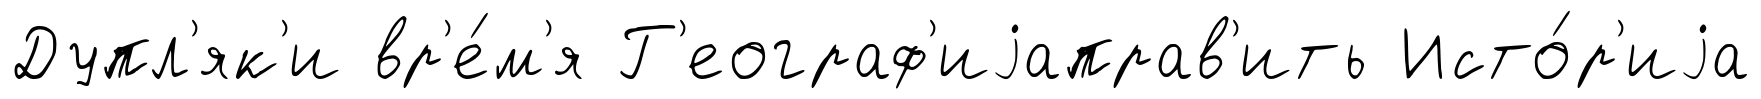
Дупл'як'и вр'е́м'я Г'еограф'иjаправ'ить Исто́р'иjа